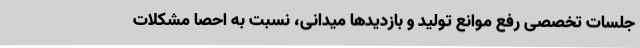
جلسات تخصصی رفع موانع تولید و بازدیدها میدانی، نسبت به احصا مشکلات